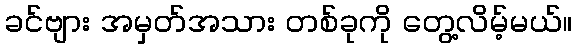
ခင်ဗျား အမှတ်အသား တစ်ခုကို တွေ့လိမ့်မယ်။